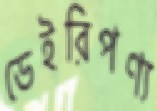
ডেইরিপণ্য